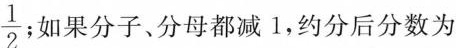
\frac{1}{2} ；如果分子、分母都减1，约分后分数为